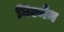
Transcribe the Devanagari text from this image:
गिल्मेन